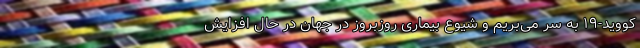
کووید-۱۹ به سر می‌بریم و شیوع بیماری روزبروز در جهان در حال افزایش